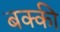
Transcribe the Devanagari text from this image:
बक्की